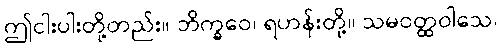
ဤငါးပါးတို့တည်း။ ဘိက္ခဝေ၊ ရဟန်းတို့။ သမဝတ္ထဝါသေ၊